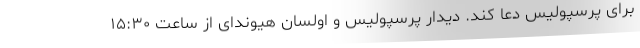
برای پرسپولیس دعا کند. دیدار پرسپولیس و اولسان هیوندای از ساعت ۱۵:۳۰